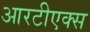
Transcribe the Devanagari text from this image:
आरटीएक्स